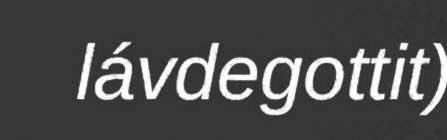
lávdegottit)